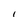
Character: l